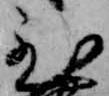
至